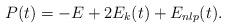
LaTeX: \begin{align*}P(t)=-E+2E_k(t)+E_{nlp}(t).\end{align*}